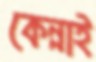
কেন্নাই